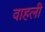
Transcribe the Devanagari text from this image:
वाहली